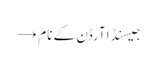
جیسنڈا آرڈن کے نام →